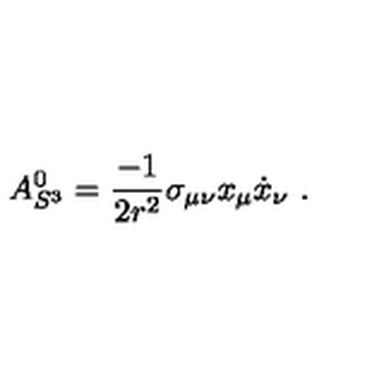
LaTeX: A _ { S ^ { 3 } } ^ { 0 } = { \frac { - 1 } { 2 r ^ { 2 } } } \sigma _ { \mu \nu } x _ { \mu } \dot { x } _ { \nu } \ .